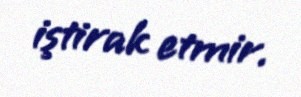
iştirak etmir.